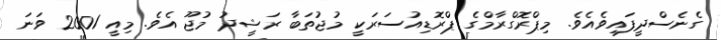
ގެނެސްދީފައިވެއެވެ. މިޕްރޮގްރާމްގެ ޕްރޮޑިއުސަރަކީ މުޖުތަބާ ރަޝީދު މުޖޫ އެވެ. މިއީ 2001 ވަނަ